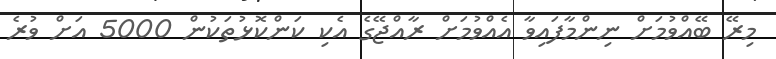
މިރޭ ބޭއްވުމަށް ނިންމާފައިވާ އެއްވުމަށް ރާއްޖޭގެ އެކި ކަންކޮޅުތަކުން 5000 އަށް ވުރެ